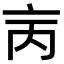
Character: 𠅈